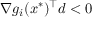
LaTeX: \nabla g _ { i } ( x ^ { * } ) ^ { \top } d < 0